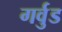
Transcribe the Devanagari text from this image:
गर्वुड